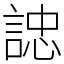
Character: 䛱